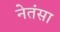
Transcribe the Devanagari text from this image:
नेतंसा